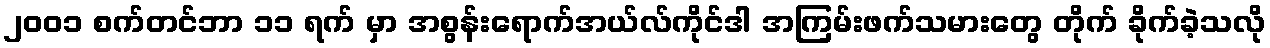
၂၀၀၁ စက်တင်ဘာ ၁၁ ရက် မှာ အစွန်းရောက်အယ်လ်ကိုင်ဒါ အကြမ်းဖက်သမားတွေ တိုက် ခိုက်ခဲ့သလို